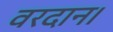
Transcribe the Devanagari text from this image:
वरदान।